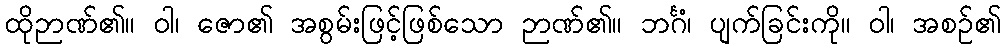
ထိုဉာဏ်၏။ ဝါ၊ ဇော၏ အစွမ်းဖြင့်ဖြစ်သော ဉာဏ်၏။ ဘင်္ဂံ၊ ပျက်ခြင်းကို။ ဝါ၊ အစဉ်၏